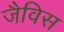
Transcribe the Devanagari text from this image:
जैविस